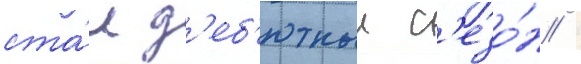
ста́л д'еб'ютныи с'езо́н /